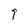
Character: 9